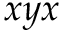
x y x